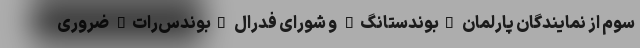
سوم از نمایندگان پارلمان "بوندستانگ" و شورای فدرال "بوندس‌رات" ضروری